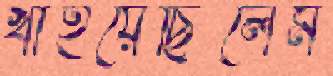
খাইয়েছিলেম